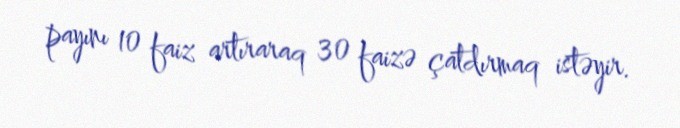
payını 10 faiz artıraraq 30 faizə çatdırmaq istəyir.